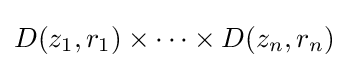
D(z_{1},r_{1})\times \dots \times D(z_{n},r_{n})